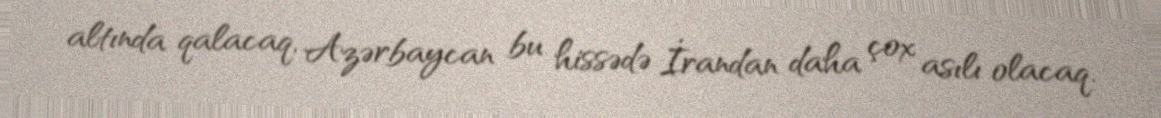
altında qalacaq, Azərbaycan bu hissədə İrandan daha çox asılı olacaq.